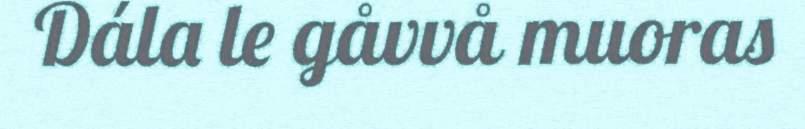
Dála le gåvvå muoras